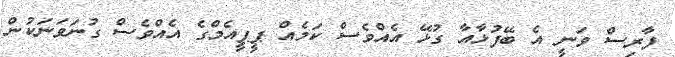
ފާރިސް ވަނީ އެ ބޭފުޅާއާ ގުޅޭ އެއްވެސް ކަމެއް ޕީޕީއެމްގެ އެއްވެސް ގުނަވަނަކުން